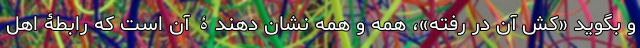
و بگوید «‌کش آن در رفته»، همه و همه نشان دهندۀ آن است که رابطۀ اهل